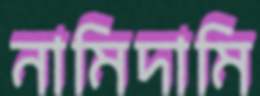
নামিদামি